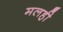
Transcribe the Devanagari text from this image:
मलही